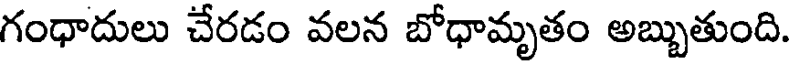
గంధాదులు చేరడం వలన బోధామృతం అబ్బుతుంది.